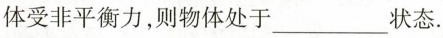
体受非平衡力，则物体处于___状态.